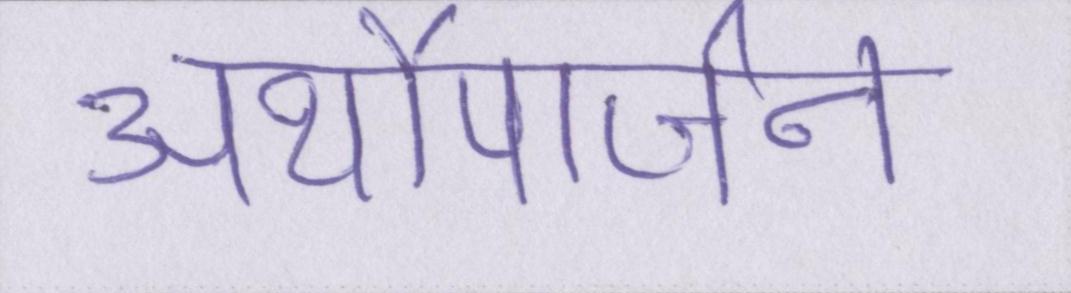
अर्थोपार्जन